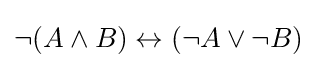
\neg (A\land B)\leftrightarrow (\neg A\lor \neg B)